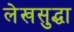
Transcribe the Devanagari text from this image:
लेखसुद्धा